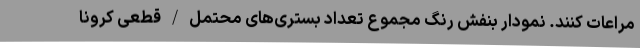
مراعات کنند. نمودار بنفش رنگ مجموع تعداد بستری‌های محتمل/قطعی کرونا